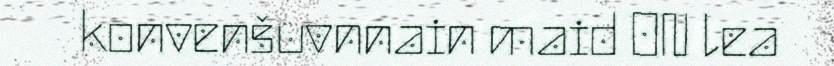
konvenšuvnnain maid ON lea